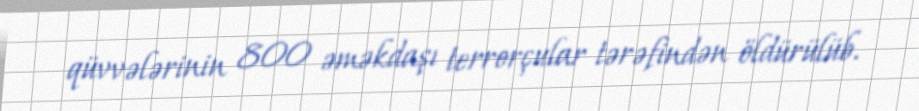
qüvvələrinin 800 əməkdaşı terrorçular tərəfindən öldürülüb.